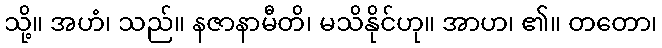
သို့။ အဟံ၊ သည်။ နဇာနာမီတိ၊ မသိနိုင်ဟု။ အာဟ၊ ၏။ တတော၊